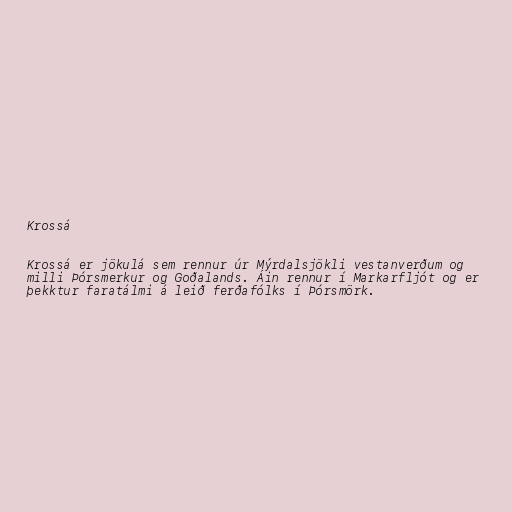
Krossá

Krossá er jökulá sem rennur úr Mýrdalsjökli vestanverðum og
milli Þórsmerkur og Goðalands. Áin rennur í Markarfljót og er
þekktur faratálmi á leið ferðafólks í Þórsmörk.